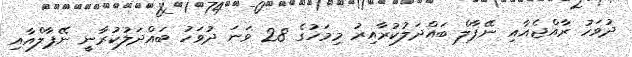
ދުވަހު ރާއްޖެއާއި ނޭޕާލް ބައްދަލުކުރާއިރު މިމަހުގެ 28 ވަނަ ދުވަހު ބައްދަލުކުރާނީ ނޭޕާލްއާއި